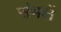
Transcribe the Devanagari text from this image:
संभलें